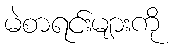
မဲစာရင်းများကို